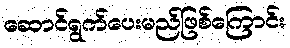
ဆောင်ရွက်ပေးမည်ဖြစ်ကြောင်း